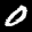
Label: 0